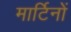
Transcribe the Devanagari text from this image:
मार्टिनों